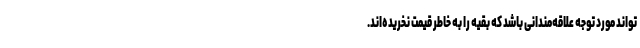
تواند مورد توجه علاقه‌مندانی باشد که بقیه را به خاطر قیمت نخریده‌اند.